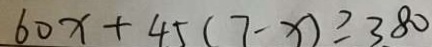
6 0 x + 4 5 ( 7 - x ) \geq 3 8 0